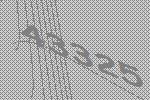
43325